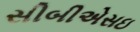
સીબીએસઇ